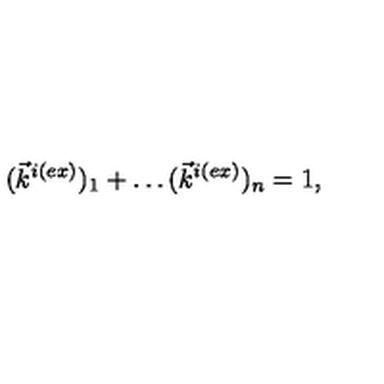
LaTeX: ( \vec { k } ^ { i ( e x ) } ) _ { 1 } + \ldots ( \vec { k } ^ { i ( e x ) } ) _ { n } = 1 ,